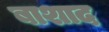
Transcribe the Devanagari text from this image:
बाशाद